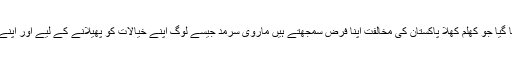
دو قومی نظریے پر حملے کیے گئے ایسے ایسے دانشوروں کو اکٹھا کیا گیا جو کھلم کھلا پاکستان کی مخالفت اپنا فرض سمجھتے ہیں ماروی سرمد جیسے لوگ اپنے خیالات کو پھیلانے کے لیے اور اپنے آقاؤں کو خوش کرنے کے لیے اس پلیٹ فارم کو استعمال کرتے رہے ۔